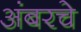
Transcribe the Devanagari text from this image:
अंबरचे